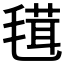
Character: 𣯏